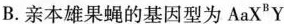
B. 亲本雄果蝇的基因型为AaX^{B}Y